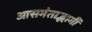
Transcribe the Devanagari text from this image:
आसमंताद्भागीं